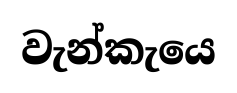
වැන්කැයෙ